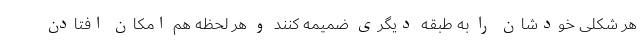
هر شکلی خودشان را به طبقه دیگری ضمیمه کنند و هر لحظه هم امکان افتادن